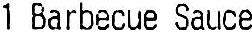
1 BARBECUE SAUCE